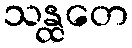
သန္ထတေ